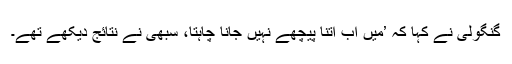
گنگولی نے کہا کہ ’میں اب اتنا پیچھے نہیں جانا چاہتا، سبھی نے نتائج دیکھے تھے۔